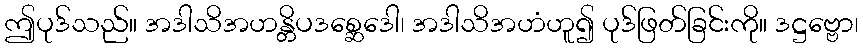
ဤပုဒ်သည်။ အဒါသိအဟန္တိပဒစ္ဆေဒေါ၊ အဒါသိအဟံဟူ၍ ပုဒ်ဖြတ်ခြင်းကို။ ဒဋ္ဌဗ္ဗော၊